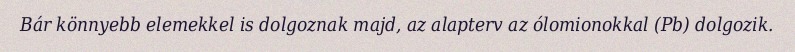
Bár könnyebb elemekkel is dolgoznak majd, az alapterv az ólomionokkal (Pb) dolgozik.